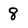
Character: 8